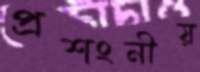
প্রশংনীয়